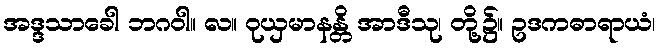
အဒ္ဒသာခေါ ဘဂဝါ။ လ။ ဝုယှမာနန္တိ အာဒီသု၊ တို့၌။ ဥဒကဓာရာယံ၊